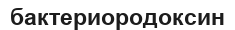
бактериородоксин